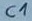
Text: C1